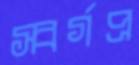
স্বর্গপ্র